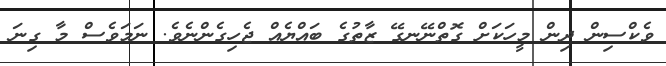
ވެކްސިން ދިން މީހަކަށް ގޮތްނޭނގޭ ޒާތުގެ ބައްޔެއް ޖެހިގެންނެވެ. ނަމަވެސް މާ ގިނަ